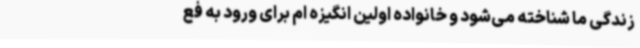
زندگی ما شناخته می‌شود و خانواده اولین انگیزه ‌ام برای ورود به فع